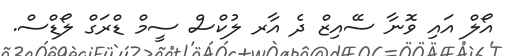
އޯލް އައި ވޮނާ ސޭއިޒް ދެ އާރ ލުކްސް ސީމް ޑްރަގް ލޯޑްސް.